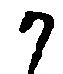
か